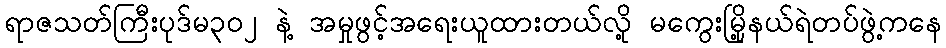
ရာဇသတ်ကြီးပုဒ်မ၃၀၂ နဲ့ အမှုဖွင့်အရေးယူထားတယ်လို့ မကွေးမြို့နယ်ရဲတပ်ဖွဲ့ကနေ